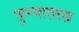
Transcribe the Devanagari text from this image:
फुग्यातला